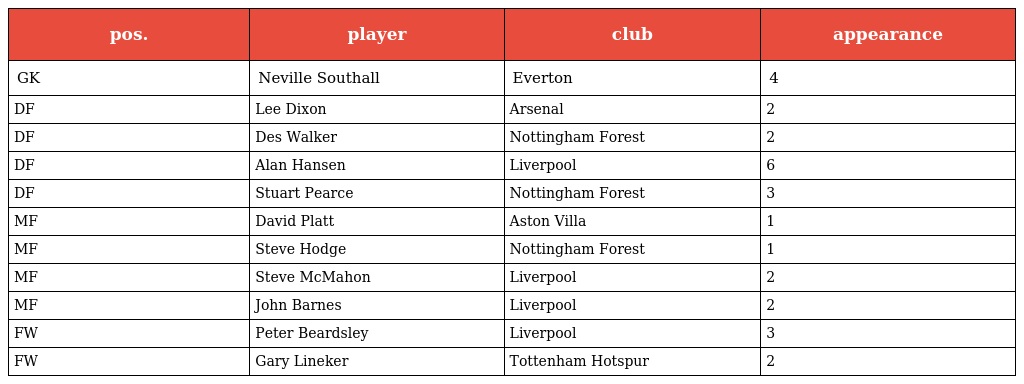
| pos. | player | club | appearance |
 | --- | --- | --- | --- |
 | GK | Neville Southall | Everton | 4 |
 | DF | Lee Dixon | Arsenal | 2 |
 | DF | Des Walker | Nottingham Forest | 2 |
 | DF | Alan Hansen | Liverpool | 6 |
 | DF | Stuart Pearce | Nottingham Forest | 3 |
 | MF | David Platt | Aston Villa | 1 |
 | MF | Steve Hodge | Nottingham Forest | 1 |
 | MF | Steve McMahon | Liverpool | 2 |
 | MF | John Barnes | Liverpool | 2 |
 | FW | Peter Beardsley | Liverpool | 3 |
 | FW | Gary Lineker | Tottenham Hotspur | 2 |